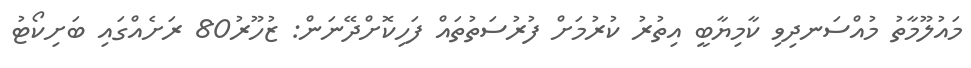
މައުލޫމާތު މުއްސަނދިވި ކާމިޔާބީ އިތުރު ކުރުމަށް ފުރުސަތުތައް ފަހިކޮށްދޭނަން: ޒުހޫރު80 ރަށެއްގައި ބަށިކޯޓު